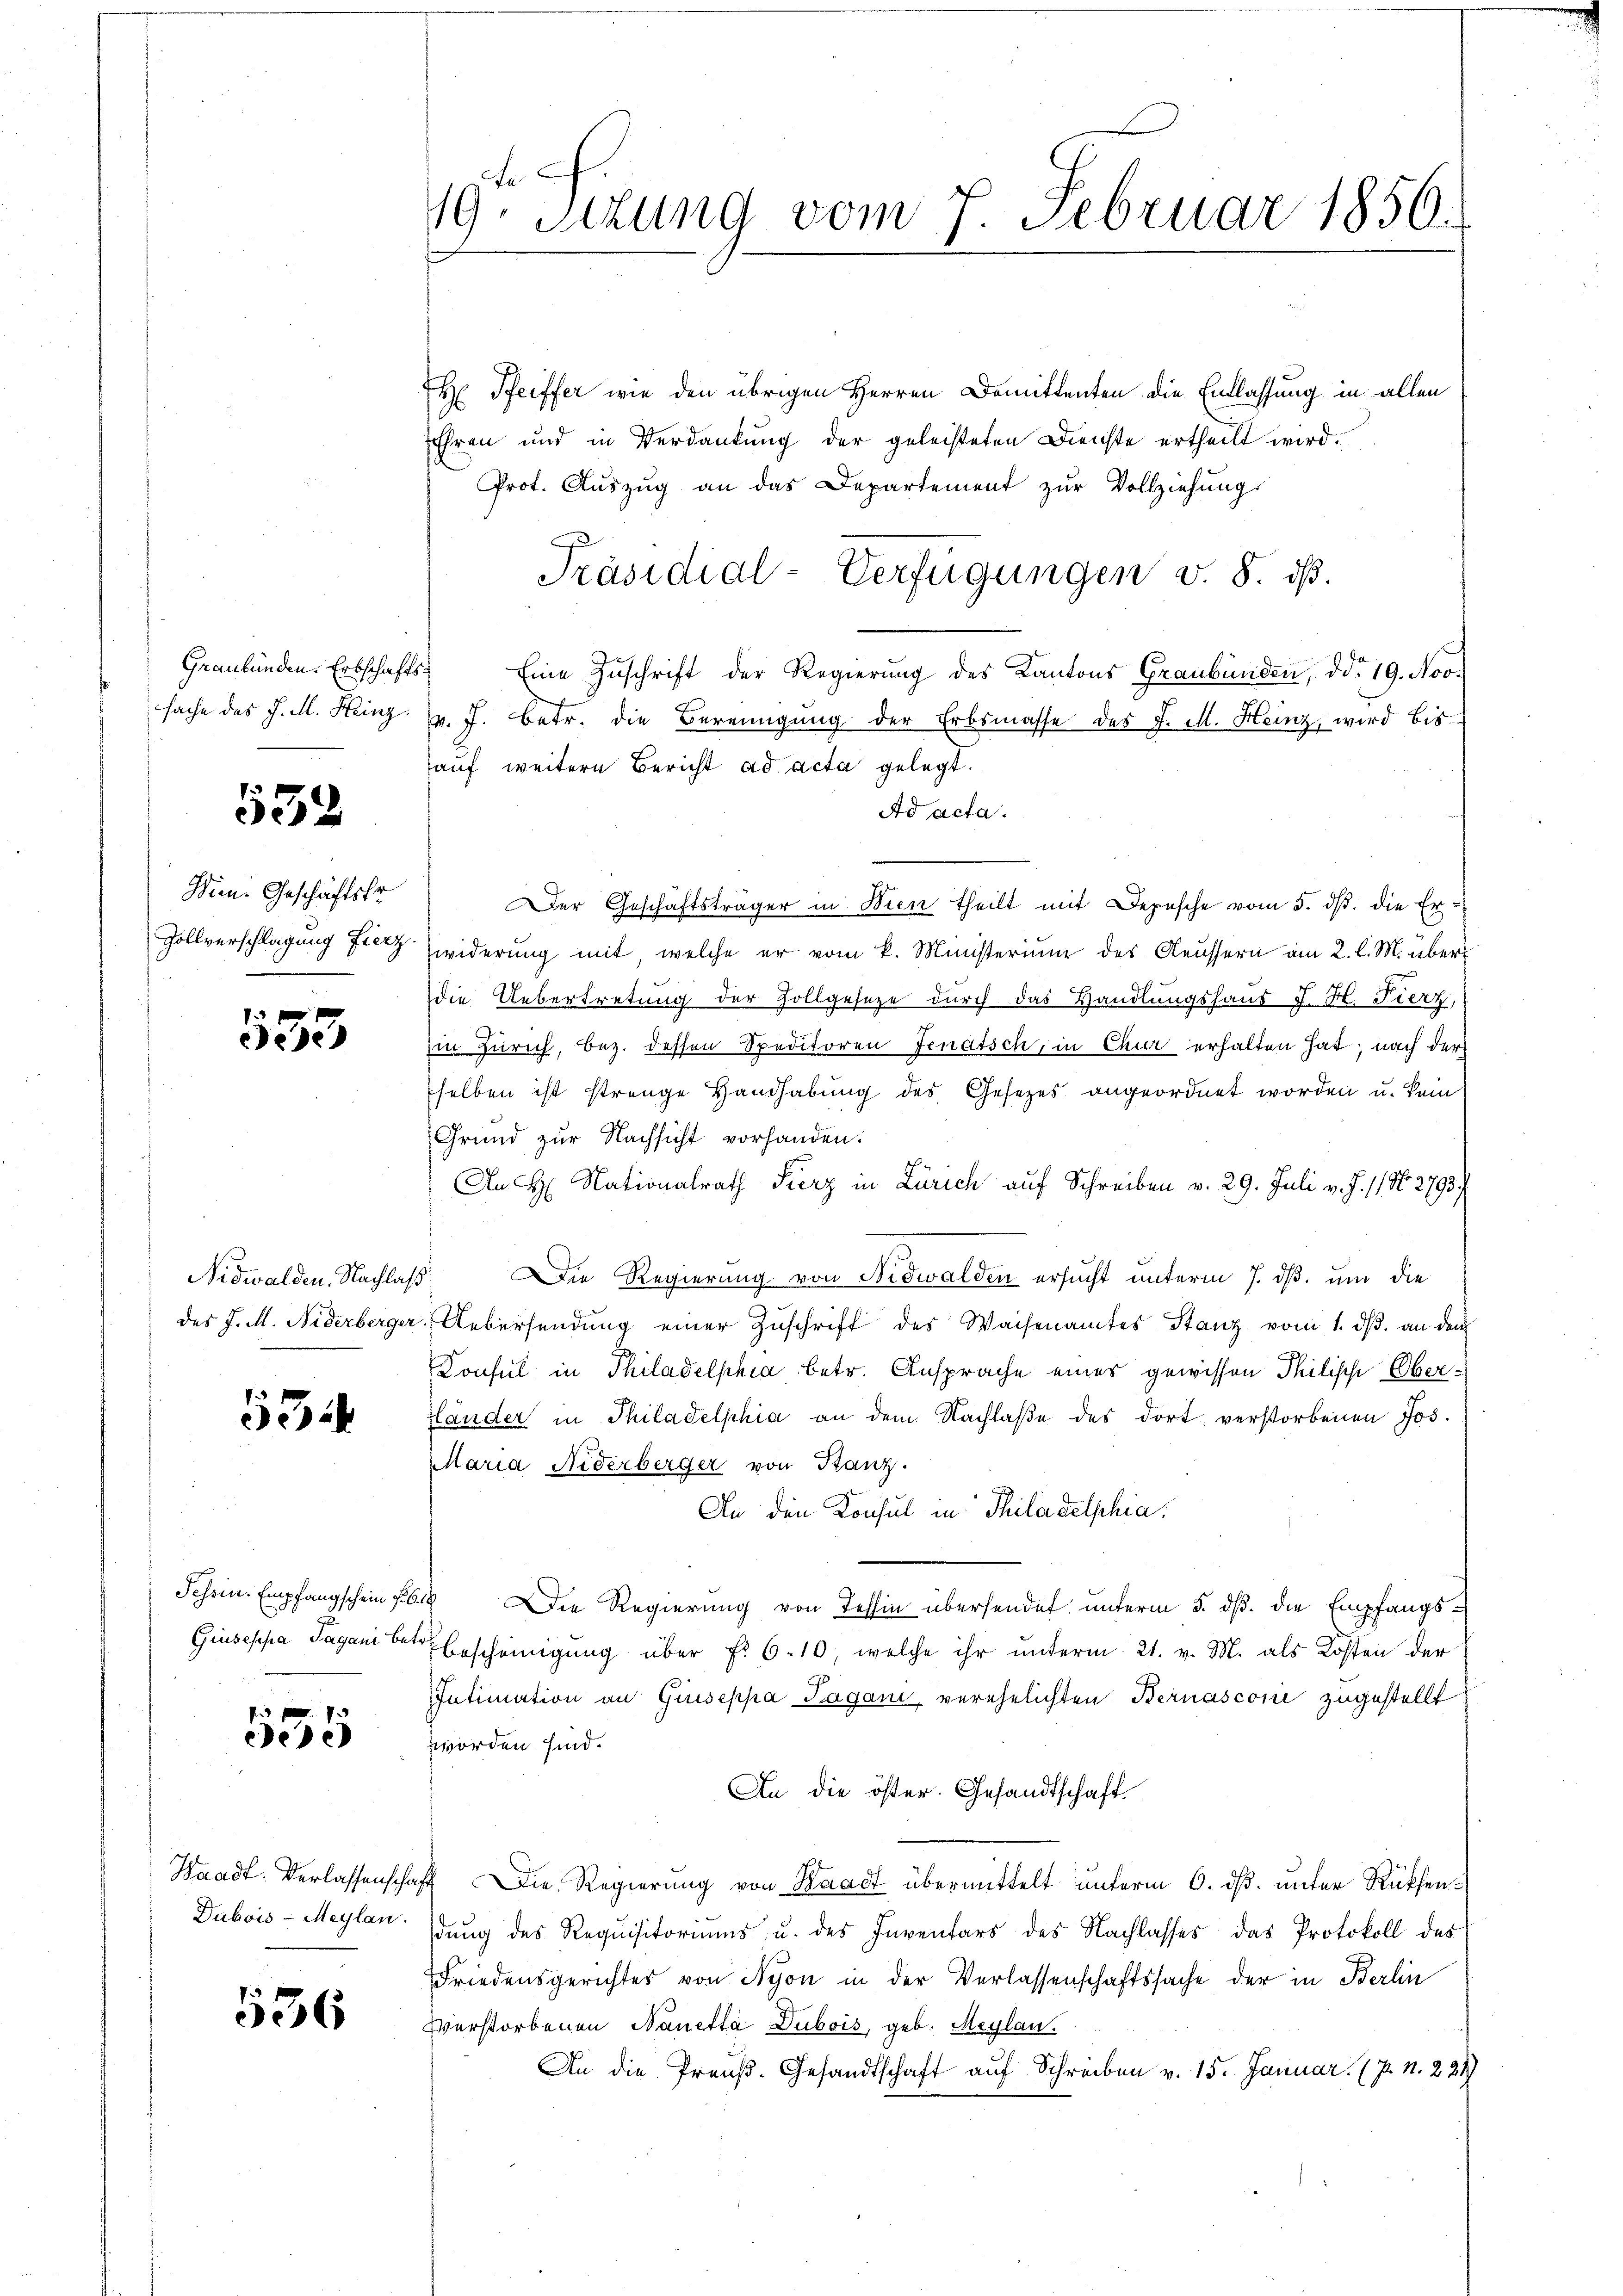
.
532

Wien. Geschäftsfr
Zollverschlagung Fierz

f xx
ee

53

Giusepha Pagani betr

f xx
ee

Dubois-Meylan.

536

19. Sitzung vom 7. Februar 1850.

Hr. Pfeiffer wie den übrigen Herren Domittenten die Entlassung in allen
Ehren und in Verdankung der geleisteten Dienste ertheilt wird.
Prot. Auszug an das Departement zur Vollziehungs
Präsidial-Verfügungen v. 8. ds.
Graubünden Erbschafts- Eine Zuschrift der Regierŭng des Kantons Graubünden, ddo 19. Nov.
sache des J. M. Heinz v. J. betr. die Bereinigung der Erbsmasse des J. M. Heinz, wird bisauf weitere Bericht ad acta gelegt.
Ad acta.
Der Geschäftsträger in Wien theilt mit Depesche vom 3. ds. die Erwiderung mit, welche er vom k. Ministerium des Aeussern am 2. l. M. über
die Uebertretung der Zollgeseze durch das Handlungshaus J. H. Fierz,
in Zürich, bez. dessen Speditoren Jenatsch, in Chur erhalten hat, nach der
selben ist strenge Handhabung des Gesezes angeordnet worden u. kein
Grund zur Nachsicht vorhanden:
An H. Nationalrath Fierz in Zürich auf Schreiben v. 29. Juli v. J. 1796. 2793/
Nidwalden. Nachlaß) Die Regierung von Nidwalden ersucht unterm 7. ds. um die
des J. M. Niderberger Uebersendŭng einer Zŭschrift des Waisenamtes Stanz vom 1. dβ an den
Konsul in Philadelphia betr. Ansprache eines gewissen Philische Ober¬
Händer in Philadelphia an dem Nachlaße des dort verstorbenen Jos.
Maria Niderberger von Stanz.
An den Konsul in Philadelphia
Tessin. Empfangschein fl. 4 Die Regierung von Tessin übersendet unterm 5. ds. die Empfangs¬
Ebescheinigung über f. 610, welche ihr unterm 21. v. M. als Kosten der
Intimation an Giuseppa Pagani, verehelichten Bernasconi zugestellt
worden sind.
An die öster. Gesandtschaft.
Waadt. Verlassenschaft Die Regierŭng von Waadt übermittelt ŭnterm 6. dβ ŭnter Rücksendung des Requisitoriums u. des Inventars des Nachlasses das Protokoll des
Friedensgerichtes von Nyon in der Verlassenschaftssache der in Berlin
Verstorbenen Nanetta Dubois, geb. Meglau
An die Preŭβ- Gesandtschaft aŭf Schreiben v. 15. Januar (7 n. 224)